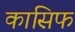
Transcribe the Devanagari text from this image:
कासिफ